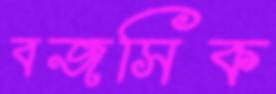
বজসিক